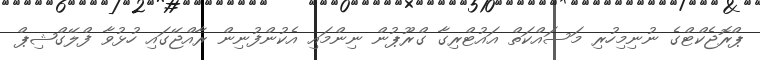
ޕްރޮޖެކްޓްގެ ނުނިމިހުރި މަސައްކަތް އަައުޓްރިގާ ގްރޫޕުން ނިންމައި އެކުންފުނިން ރާއްޖޭގައި ހުޅުވާ ފްލޭގްޝިޕް